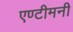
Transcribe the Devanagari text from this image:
एण्टीमनी